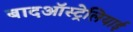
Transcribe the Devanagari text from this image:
बादऑस्ट्रेलियाई